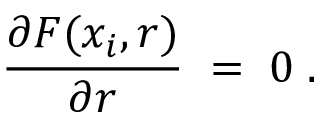
{ \frac { \partial F ( x _ { i } , r ) } { \partial r } } \; = \; 0 \; .